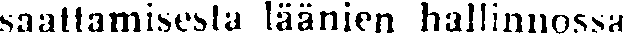
saattamisesta läänien hallinnossa